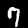
Label: 7